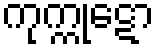
ကုက္ကုဋော